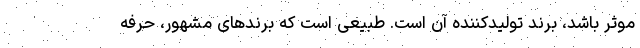
موثر باشد، برند تولیدکننده آن است. طبیعی است که برندهای مشهور، حرفه